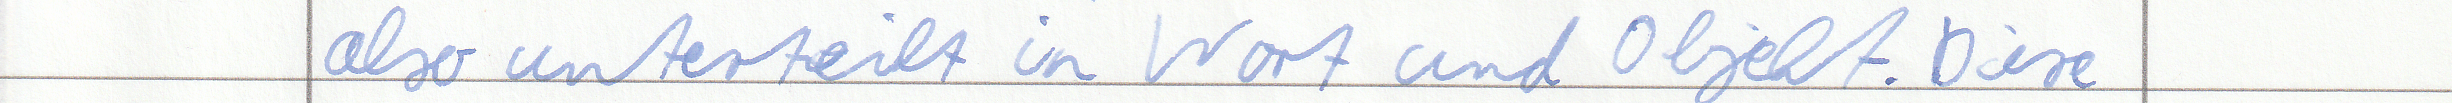
also unterteilt in Wort und Objekt. Diese